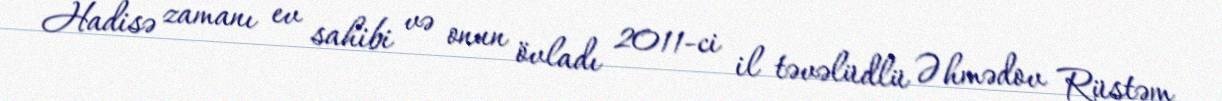
Hadisə zamanı ev sahibi və onun övladı 2011-ci il təvəlüdlü Əhmədov Rüstəm